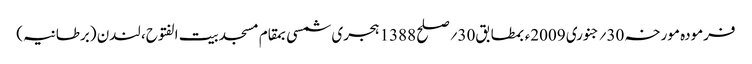
فرمودہ مورخہ 30؍جنوری 2009ء بمطابق30؍صلح 1388 ہجری شمسی بمقام مسجد بیت الفتوح، لندن (برطانیہ)